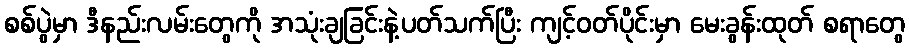
စစ်ပွဲမှာ ဒီနည်းလမ်းတွေကို အသုံးချခြင်းနဲ့ပတ်သက်ပြီး ကျင့်ဝတ်ပိုင်းမှာ မေးခွန်းထုတ် စရာတွေ